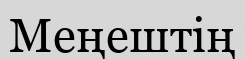
Меңештің